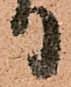
り